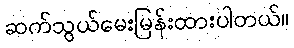
ဆက်သွယ်မေးမြန်းထားပါတယ်။